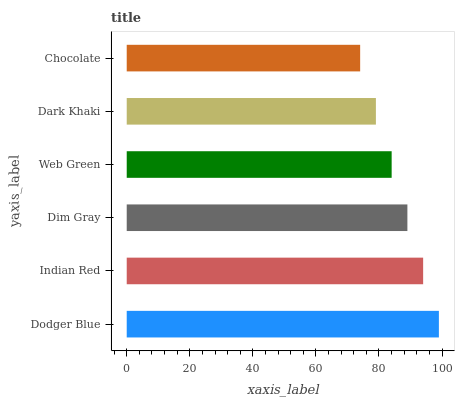
| yaxis_label | bars |
 | --- | --- |
 | Dodger Blue | 99 |
 | Indian Red | 94 |
 | Dim Gray | 89 |
 | Web Green | 84 |
 | Dark Khaki | 79 |
 | Chocolate | 74 |